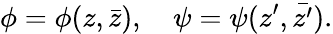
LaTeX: \phi=\phi(z,\bar{z}),\quad\psi=\psi(z^{\prime},\bar{z^{\prime}}).